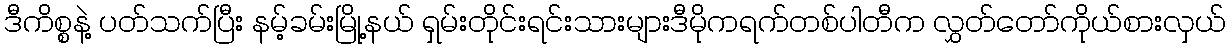
ဒီကိစ္စနဲ့ ပတ်သက်ပြီး နမ့်ခမ်းမြို့နယ် ရှမ်းတိုင်းရင်းသားများဒီမိုကရက်တစ်ပါတီက လွှတ်တော်ကိုယ်စားလှယ်